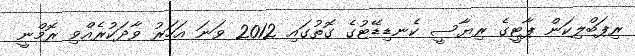
ރިޕަބްލިކަން ޕާޓީގެ ރިޔާސީ ކެނޑިޑޭޓުގެ ގޮތުގައި 2012 ވަނަ އަހަރު ވާދަކުރެއްވި ރޮމްނީ